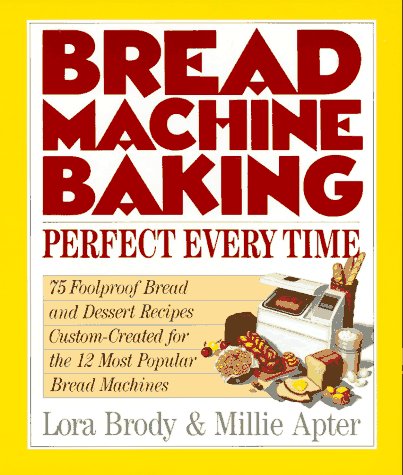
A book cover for Bread Machine Baking: Perfect Every Time; Lora Brody; Cookbooks, Food & Wine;